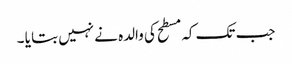
جب تک کہ مسطح کی والدہ نے نہیں بتا یا ۔